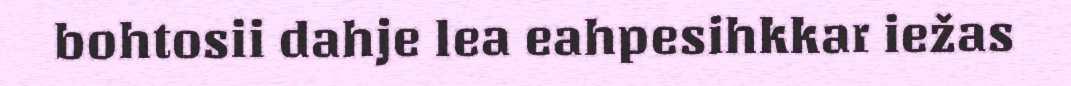
bohtosii dahje lea eahpesihkkar iežas